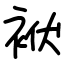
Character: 袱